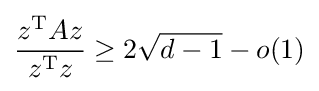
{\frac {z^{\text{T}}Az}{z^{\text{T}}z}}\geq 2{\sqrt {d-1}}-o(1)